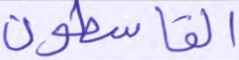
القاسطون